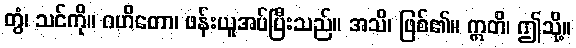
တွံ၊ သင်ကို။ ဂဟိတော၊ ဖန်းယူအပ်ပြီးသည်။ အသိ၊ ဖြစ်၏။ ဣတိ၊ ဤသို့။